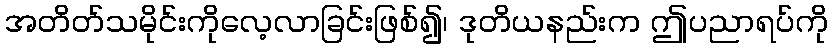
အတိတ်သမိုင်းကိုလေ့လာခြင်းဖြစ်၍၊ ဒုတိယနည်းက ဤပညာရပ်ကို